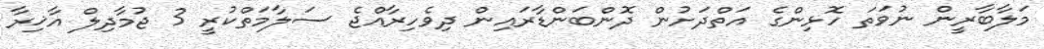
މަލާބާރީން ނުވަތަ ހޮޅިންގެ އަތްދަށުން ދޮންބަންޑާރައިން ދިވެހިރާއްޖެ ސަލާމަތްކުރީ 3 ޖުމާދިލް އާޚިރާ